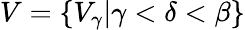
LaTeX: V=\{ V_{\gamma}|\gamma<\delta<\beta\}